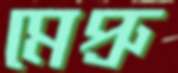
মেপ্রু